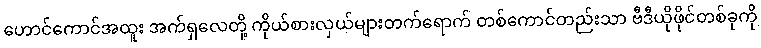
ဟောင်ကောင်အထူး အက်ရှလေတို့ ကိုယ်စားလှယ်များတက်ရောက် တစ်ကောင်တည်းသာ ဗီဒီယိုဖိုင်တစ်ခုကို